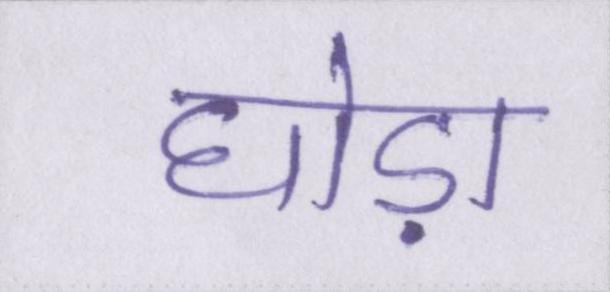
घोड़ा